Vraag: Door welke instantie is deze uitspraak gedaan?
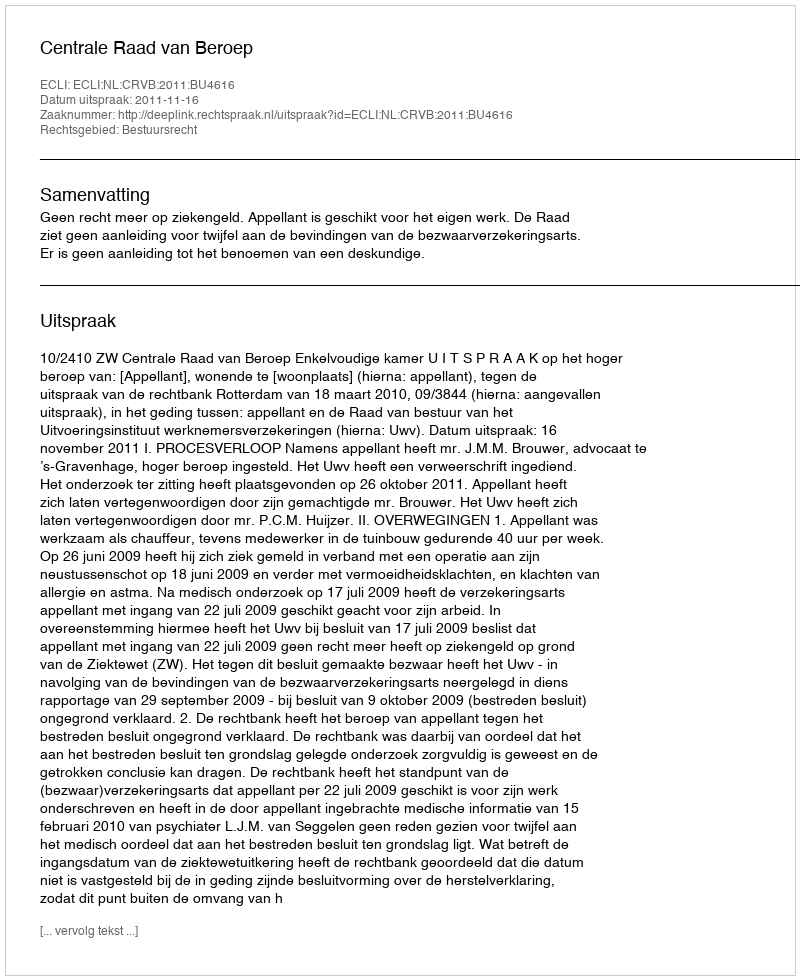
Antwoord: Centrale Raad van Beroep